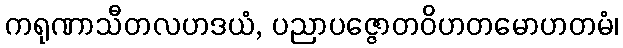
ကရုဏာသီတလဟဒယံ, ပညာပဇ္ဇောတဝိဟတမောဟတမံ၊